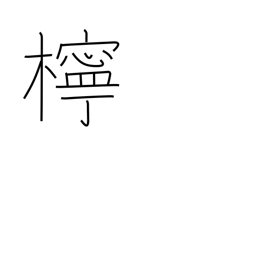
Meaning: lemon tree